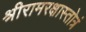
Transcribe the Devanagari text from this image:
श्रीरामरक्षास्तोत्रं